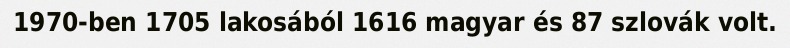
1970-ben 1705 lakosából 1616 magyar és 87 szlovák volt.